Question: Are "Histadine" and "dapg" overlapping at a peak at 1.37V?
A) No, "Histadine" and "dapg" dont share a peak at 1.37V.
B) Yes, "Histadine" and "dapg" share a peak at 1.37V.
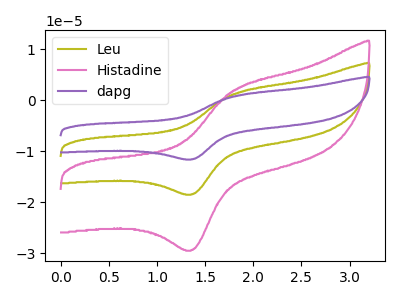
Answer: <think>The olive curve "Leu" has an anodic peak at (1.80V, 1.25uA) and a cathodic peak at (1.35V, -18.45uA). The pink curve "Histadine" has an anodic peak at (1.80V, 1.95uA) and a cathodic peak at (1.35V, -29.40uA). The purple curve "dapg" has an anodic peak at (1.80V, 2.45uA) and a cathodic peak at (1.35V, -36.90uA).</think>
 <answer>B) Yes, "Histadine" and "dapg" share a peak at 1.37V.</answer>
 <eval>B</eval>